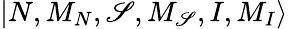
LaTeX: {|N,M_{N},\mathscr{S},M_{\mathscr{S}},I,M_{I}\rangle}